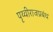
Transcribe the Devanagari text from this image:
पृथ्वीराजप्रबंध